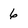
Character: 6